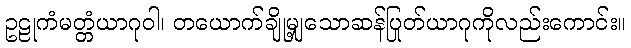
ဥဠုကံမတ္တံယာဂုဝါ၊ တယောက်ချို့မျှသောဆန်ပြုတ်ယာဂုကိုလည်းကောင်း။